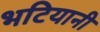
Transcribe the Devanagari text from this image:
भटियानी